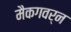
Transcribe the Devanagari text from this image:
मैकगवर्न